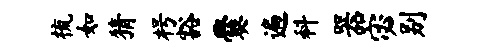
梳如猜枵豁爨遍科器宓别